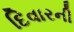
દિવારની